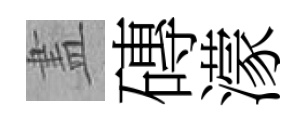
𥁞磚濛